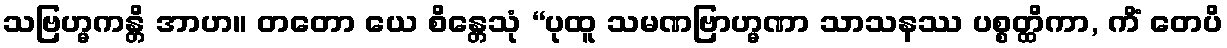
သဗြဟ္မကန္တိ အာဟ။ တတော ယေ စိန္တေသုံ “ပုထူ သမဏဗြာဟ္မဏာ သာသနဿ ပစ္စတ္ထိကာ, ကိံ တေပိ